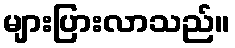
များပြားလာသည်။